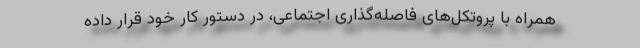
همراه با پروتکل­های فاصله­گذاری اجتماعی، در دستور کار خود قرار داده